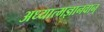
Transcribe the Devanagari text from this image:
अध्यात्मज्ञानवान्